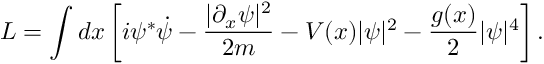
L = \int d x \left[ i \psi ^ { * } \dot { \psi } - \frac { | \partial _ { x } \psi | ^ { 2 } } { 2 m } - V ( x ) | \psi | ^ { 2 } - \frac { g ( x ) } { 2 } | \psi | ^ { 4 } \right] .